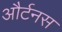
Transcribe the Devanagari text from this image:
और्टनस